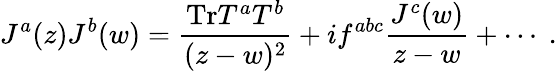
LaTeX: J^{a}(z)J^{b}(w)=\frac{\mathrm{Tr}T^{a}T^{b}}{(z-w)^{2}}+if^{abc}\frac{J^{c}(w)}{z-w}+\cdots~.